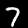
Label: 7